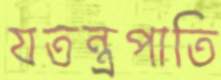
যতন্ত্রপাতি